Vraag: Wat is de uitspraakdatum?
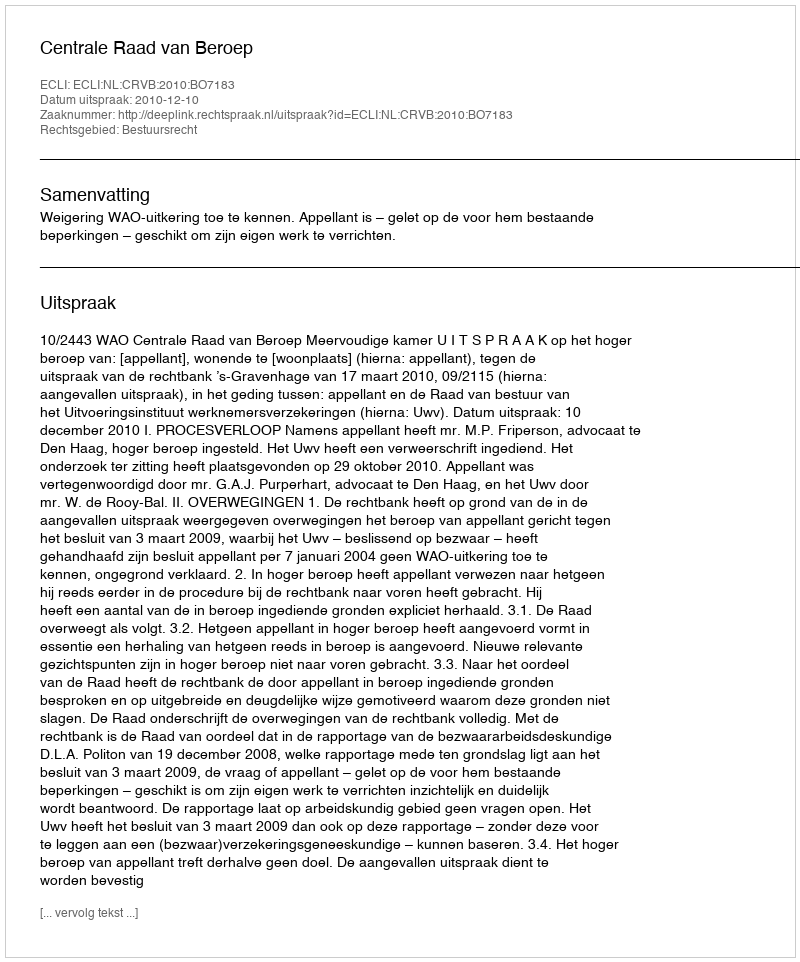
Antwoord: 2010-12-10